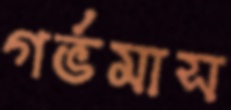
গর্ভমাস